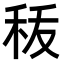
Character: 𮂺